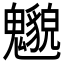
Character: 𲌰